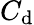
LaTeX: C_{\mathrm{d}}